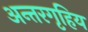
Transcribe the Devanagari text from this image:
अन्तरगृहिय